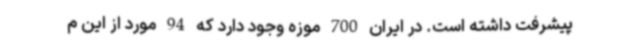
پیشرفت داشته است. در ایران 700 موزه وجود دارد که 94 مورد از این م